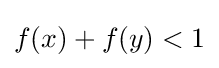
f(x)+f(y)<1